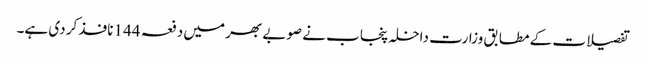
تفصیلات کے مطابق وزارت داخلہ پنجاب نے صوبے بھر میں دفعہ 144 نافذ کر دی ہے۔